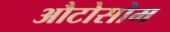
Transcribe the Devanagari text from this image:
औटोसोम